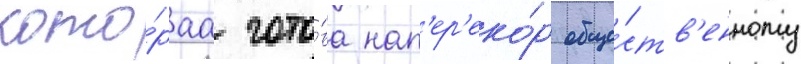
кото́раа гото́ва нап'ер'еко́р обще́ств'енному